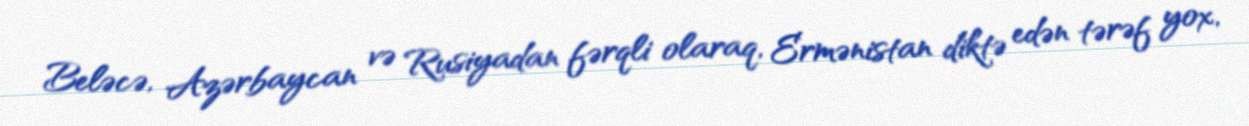
Beləcə, Azərbaycan və Rusiyadan fərqli olaraq, Ermənistan diktə edən tərəf yox,